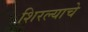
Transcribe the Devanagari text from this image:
शिरल्याचे